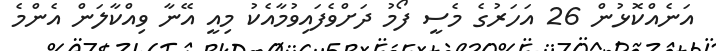
އަނެއްކޮޅުން 26 އަހަރުގެ މެސީ ފޯމު ދަށްވެފައިވުމާއެކު މިއީ އޭނާ ވިއްކާލަން އެންމެ